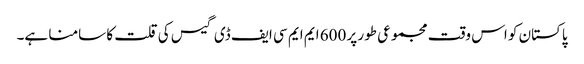
پاکستان کو اس وقت مجموعی طور پر 600 ایم ایم سی ایف ڈی گیس کی قلت کا سامنا ہے۔